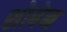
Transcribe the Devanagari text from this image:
शोबेन